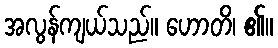
အလွန်ကျယ်သည်။ ဟောတိ၊ ၏။